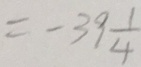
= - 3 9 \frac { 1 } { 4 }